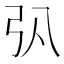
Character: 𢎬